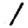
Digit: 1